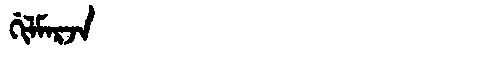
Manchu: ᡤᡳᠯᠮᠠᡵᠵᠠ
Romanization: GILMARJA